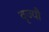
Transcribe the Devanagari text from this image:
वृज्यौ